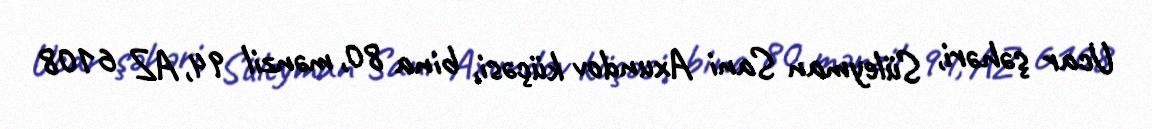
Ucar şəhəri, Süleyman Sani Axundov küçəsi, bina 80, mənzil 94, AZ 6108